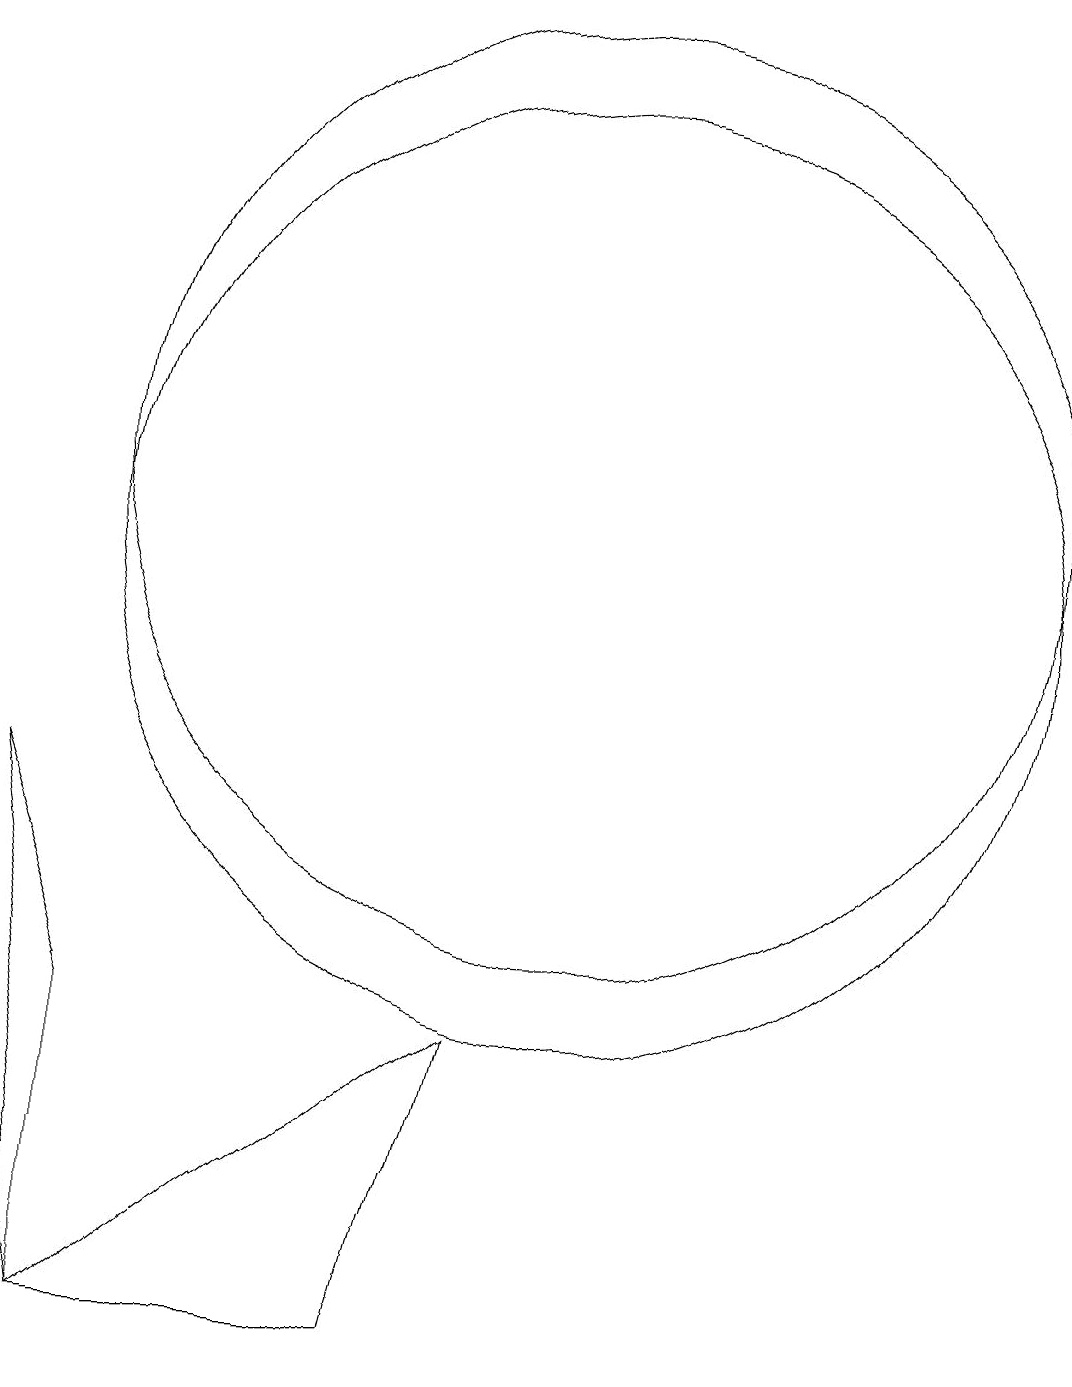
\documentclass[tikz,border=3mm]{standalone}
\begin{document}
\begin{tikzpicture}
\draw (4,4) -- (3,7) -- (4,0) -- cycle;
\draw (10,11) circle (6);
\draw (12,10) circle (0);
\draw (10,10) circle (6);
\draw (4,0) -- (8,0) -- (9,4) -- cycle;
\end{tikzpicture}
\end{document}